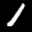
Label: 1